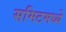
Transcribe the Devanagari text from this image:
समिटमध्ये